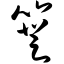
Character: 簦